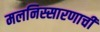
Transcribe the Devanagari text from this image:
मलनिस्सारणाची